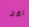
لقد